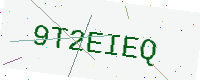
Text: 9T2EIEQ